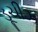
ડૂચીઝ